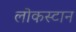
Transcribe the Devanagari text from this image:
लोकस्टान